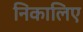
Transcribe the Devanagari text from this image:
निकालिए